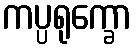
ကပ္ပရုက္ခော